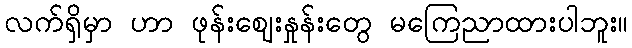
လက်ရှိမှာ ဟာ ဖုန်းဈေးနှုန်းတွေ မကြေညာထားပါဘူး။